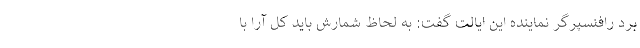
برد رافنسپرگر نماینده این ایالت گفت: به لحاظ شمارش باید کل آرا با